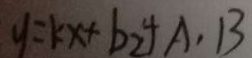
y = k x + b _ { 2 } + A , B